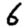
Digit: 6